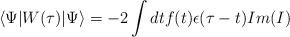
LaTeX: \begin{align*}\left<\Psi|W(\tau)|\Psi\right> = -2 \int dt f(t)\epsilon(\tau - t) Im(I)\end{align*}